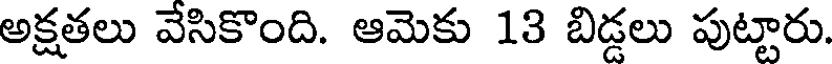
అక్షతలు వేసికొంది. ఆమెకు 13 బిడ్డలు పుట్టారు.